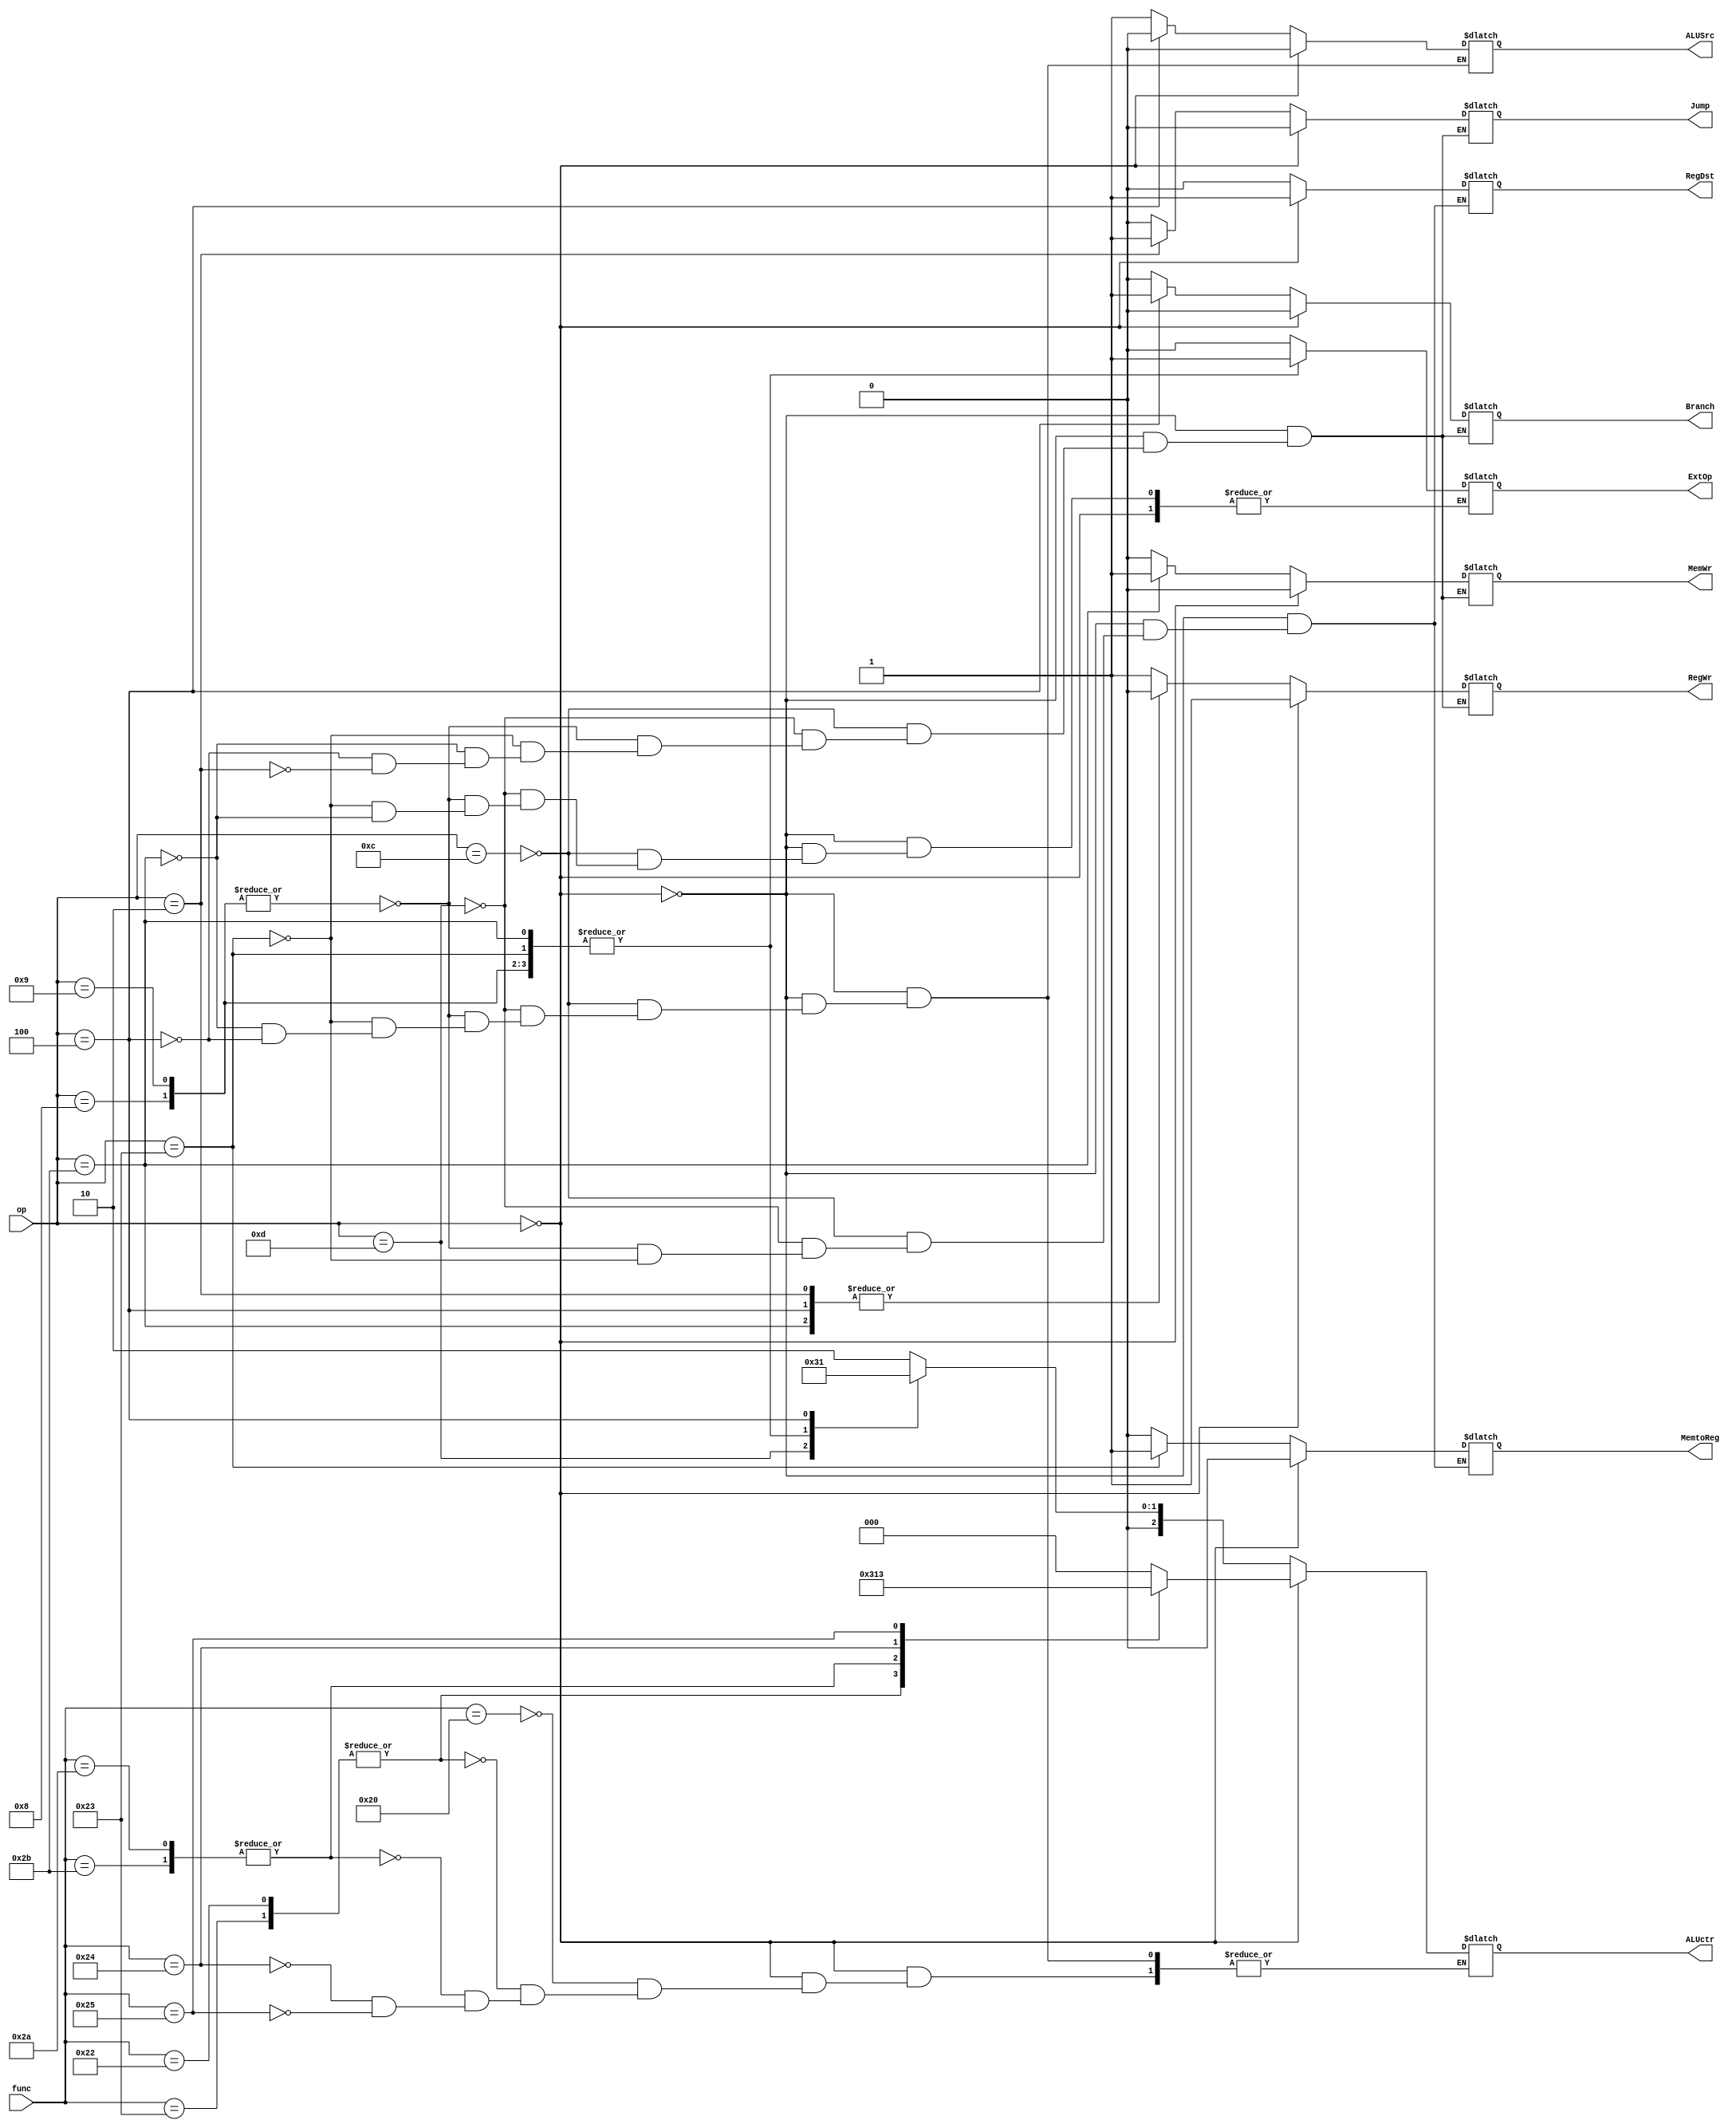
module ctrl(op, func, Branch, Jump, RegDst, ALUSrc, ALUctr, MemtoReg, RegWr, MemWr, ExtOp);
	input [5:0] op,func;
	output reg Branch,Jump,RegDst,ALUSrc,MemtoReg,MemWr,ExtOp,RegWr;
	output reg[2:0]ALUctr;
	
	always@(op or func)
	begin 
	if(op==6'b000000)
		begin 
			Branch =0;
			Jump=0;
			RegDst=1;
			ALUSrc=0;
			MemtoReg=0;
			RegWr=1;
			MemWr=0;
			case (func)
			6'b100000: ALUctr=3'b000;
			6'b100010,6'b100011: ALUctr=3'b001;
			6'b101010,6'b101011: ALUctr=3'b100;
			6'b100100: ALUctr = 3'b010;
			6'b100101: ALUctr = 3'b011;
			endcase
		end
	else
	begin
		case (op)
			6'b001100: //and
			begin 
				Branch =0;
				Jump=0;
				RegDst=0;
				ALUSrc=1;
				ALUctr=3'b010;//and
				MemtoReg=0;
				RegWr=1;
				MemWr=0;
				ExtOp=0;
			end
			6'b001101: //ori
			begin 
				Branch =0;
				Jump=0;
				RegDst=0;
				ALUSrc=1;
				ALUctr=3'b011;//or
				MemtoReg=0;
				RegWr=1;
				MemWr=0;
				ExtOp=0;
			end
			6'b001001,6'b001000://addiu,addi
			begin
				Branch =0;
				Jump=0;
				RegDst=0;
				ALUSrc=1;
				ALUctr=3'b000;//+
				MemtoReg=0;
				RegWr=1;
				MemWr=0;
				ExtOp=1;
			end
			6'b100011://lw
			begin
				Branch =0;
				Jump=0;
				RegDst=0;
				ALUSrc=1;
				ALUctr=3'b000;//+
				MemtoReg=1;
				RegWr=1;
				MemWr=0;
				ExtOp=1;
			end
			6'b101011://sw
			begin 
				Branch =0;
				Jump=0;
				ALUSrc=1;
				ALUctr=3'b000;//+
				RegWr=0;
				MemWr=1;
				ExtOp=1;
			end
			6'b000100://beq
			begin
				Branch =1;
				Jump=0;
				ALUSrc=0;
				ALUctr=3'b001;//-
				RegWr=0;
				MemWr=0;
			end
			6'b000010://jump
			begin
				Branch =0;
				Jump=1;
				RegWr=0;
				MemWr=0;
			end
		endcase
	end	
	end
endmodule